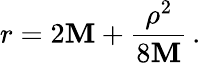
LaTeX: r=2\mathbf{M}+{\frac{{\rho^{2}}}{{8\mathbf{M}}}}\, .